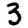
Digit: 3